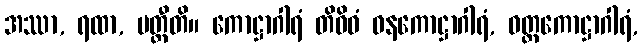
အဿာ, ရထာ, ပတ္တီတိ။ ကောဋ္ဌာဂါရံ တိဝိဓံ ဓနကောဋ္ဌာဂါရံ, ဝတ္ထကောဋ္ဌာဂါရံ,